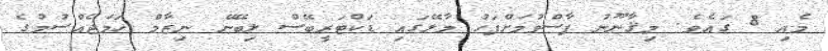
މެއި 8 ގައެވެ. މިޤާނޫނު ފާސްވުމަށްފަހު މާލޭގައި ޑަކްޓަރީބޭސް ލިބޭނޭ ނިޒާމް ހަމަޖެއްސުމުގެ